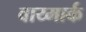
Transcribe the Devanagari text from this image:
वाय्मार्क